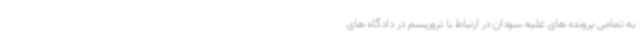
به تمامی پرونده های علیه سودان در ارتباط با تروریسم در دادگاه های